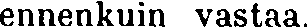
ennenkuin vastaa.